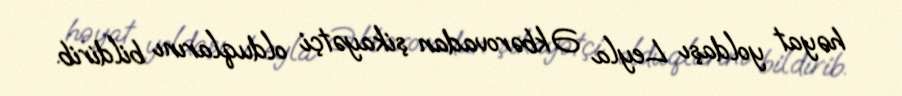
həyat yoldaşı Leyla Əkbərovadan şikayətçi olduqlarını bildirib.